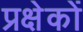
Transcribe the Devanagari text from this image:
प्रक्षेकों